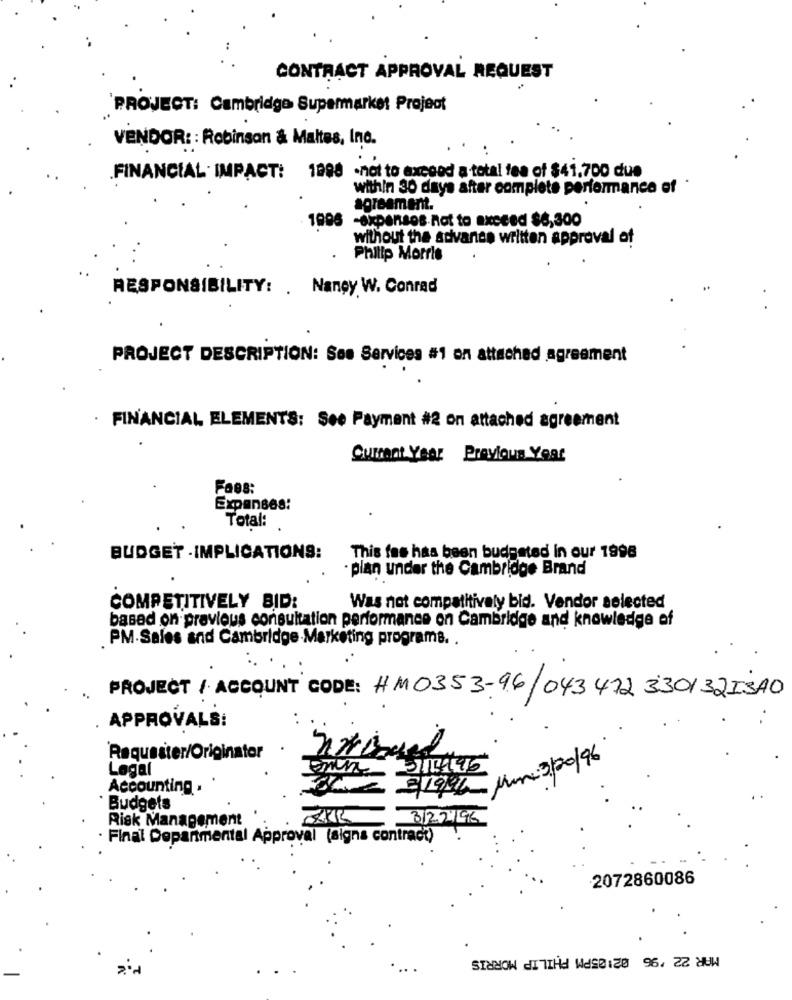
CONTRACT APPROVAL REQUEST
PROJECT: Cambridge Supermarket Project
VENDOR: : Robinson & Maltes, Inc.
FINANCIAL. IMPACT: 1998 ·not to exegod a total fea of $41.700 due
within 30 days after complete performance of *
agreement.
1996 -expenses not to exceed $6,300
without the advance written approval of
Philip Morris
RESPONSIBILITY: . Nancy W. Conrad
PROJECT DESCRIPTION: Ses Services #1 on attached agreement
. FINANCIAL ELEMENTS: See Payment #2 on attached agreement
Current Year Previous Year
Faes:
Expanses:
Total:
BUDGET -IMPLICATIONS:
This fas has been budgeted in our 1998
· plan under the Cambridge Brand
COMPETITIVELY BID:
Was not compatitivaly bid. Vendor selected
based on previous consultation performance on Cambridge and knowledge of
PM-Sales and Cambridge-Marketing programs. .
PROJECT / ACCOUNT CODE: HM0353-96/043472 330132I3A0
APPROVALS:
Requester/Originator
Legal
m 3/20/96
Accounting .
Budgets
Risk Management
.
31/2.2195
Final Departmental Approval (signs contract)
2072860086
MAR 22 '96 02:05PM PHILIP MORRIS